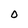
Character: O